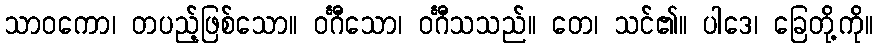
သာဝကော၊ တပည့်ဖြစ်သော။ ဝင်္ဂီသော၊ ဝင်္ဂီသသည်။ တေ၊ သင်၏။ ပါဒေ၊ ခြေတို့ကို။